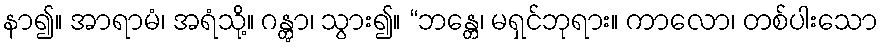
နာ၍။ အာရာမံ၊ အရံသို့။ ဂန္တွာ၊ သွား၍။ “ဘန္တေ၊ မရှင်ဘုရား။ ကာလော၊ တစ်ပါးသော